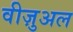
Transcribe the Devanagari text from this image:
वीज़ुअल